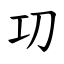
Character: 㓛